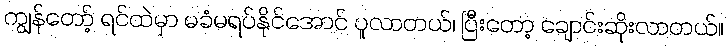
ကျွန်တော့် ရင်ထဲမှာ မခံမရပ်နိုင်အောင် ပူလာတယ်၊ ပြီးတော့ ချောင်းဆိုးလာတယ်။